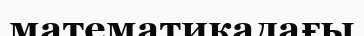
математикадағы